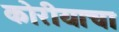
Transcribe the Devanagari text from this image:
कोरीयाचा